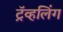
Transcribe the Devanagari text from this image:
ट्रॅव्हलिंग